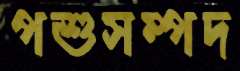
পশুসম্পদ